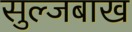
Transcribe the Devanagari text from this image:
सुल्जबाख